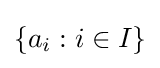
\left\{a_{i}:i\in I\right\}